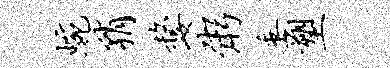
蜿稍嫠粥垂塑